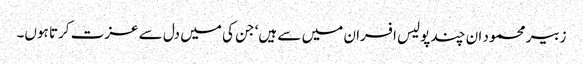
زبیر محمود ان چند پولیس افسران میں سے ہیں‘ جن کی میں دل سے عزت کرتا ہوں۔